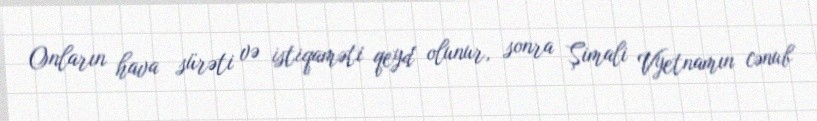
Onların hava sürəti və istiqaməti qeyd olunur, sonra Şimali Vyetnamın cənub